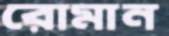
রোমান